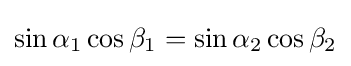
\sin \alpha _{1}\cos \beta _{1}=\sin \alpha _{2}\cos \beta _{2}